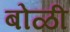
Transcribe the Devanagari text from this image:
बोळी